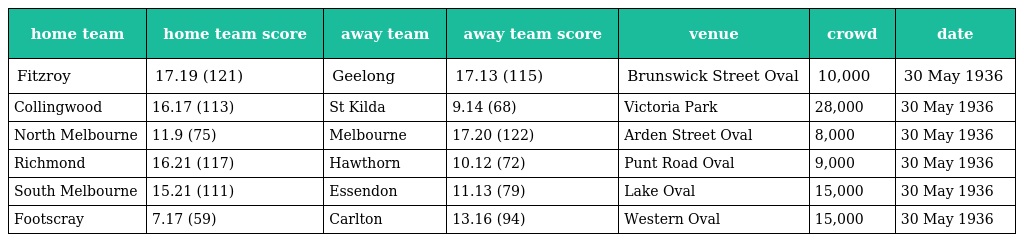
| home team | home team score | away team | away team score | venue | crowd | date |
 | --- | --- | --- | --- | --- | --- | --- |
 | Fitzroy | 17.19 (121) | Geelong | 17.13 (115) | Brunswick Street Oval | 10,000 | 30 May 1936 |
 | Collingwood | 16.17 (113) | St Kilda | 9.14 (68) | Victoria Park | 28,000 | 30 May 1936 |
 | North Melbourne | 11.9 (75) | Melbourne | 17.20 (122) | Arden Street Oval | 8,000 | 30 May 1936 |
 | Richmond | 16.21 (117) | Hawthorn | 10.12 (72) | Punt Road Oval | 9,000 | 30 May 1936 |
 | South Melbourne | 15.21 (111) | Essendon | 11.13 (79) | Lake Oval | 15,000 | 30 May 1936 |
 | Footscray | 7.17 (59) | Carlton | 13.16 (94) | Western Oval | 15,000 | 30 May 1936 |